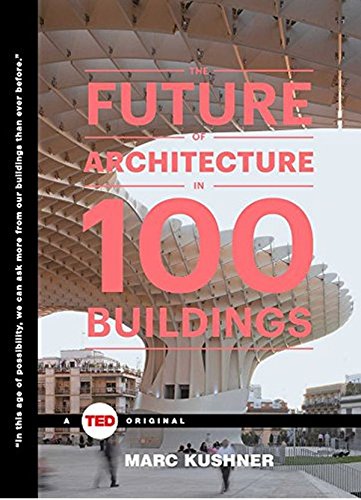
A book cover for The Future of Architecture in 100 Buildings (TED Books); Marc Kushner; Arts & Photography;